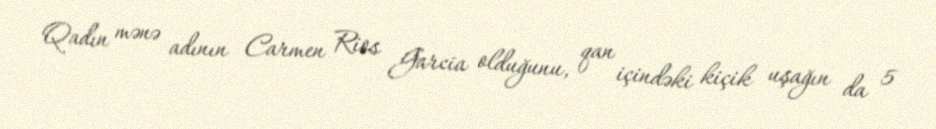
Qadın mənə adının Carmen Rios Garcia olduğunu, qan içindəki kiçik uşağın da 5